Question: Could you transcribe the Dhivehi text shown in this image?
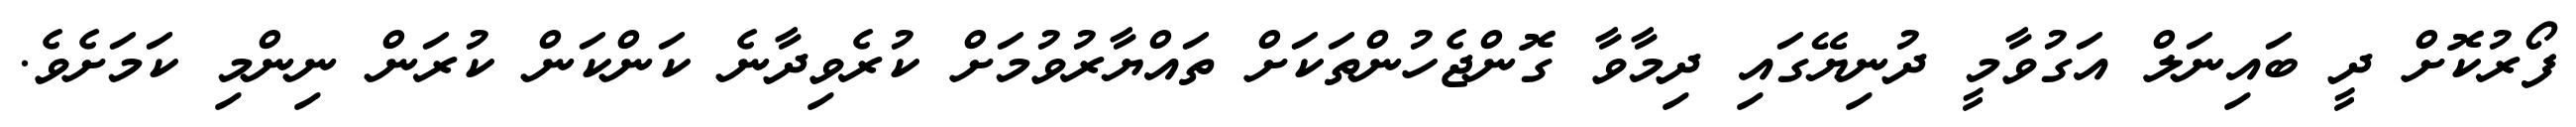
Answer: ފޯރުކޮށް ދީ ބައިނަލް އަގުވާމީ ދުނިޔޭގައި ދިމާވާ ގޮންޖެހުންތަކަށް ތައްޔާރުވުމަށް ކުރެވިދާނެ ކަންކަން ކުރަން ނިންމި ކަމަށެވެ.